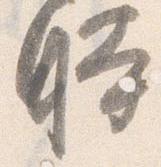
時